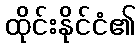
ထိုင်းနိုင်ငံ၏